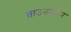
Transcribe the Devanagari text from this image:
ताउनमुरुन